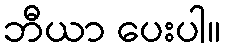
ဘီယာ ပေးပါ။